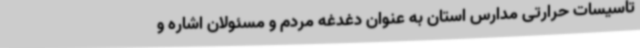
تاسیسات حرارتی مدارس استان به عنوان دغدغه مردم و مسئولان اشاره و